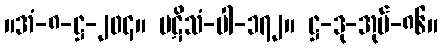
။အံ-၈-ဋ္ဌ-၂၀၄။ ပဋိသံ-ပါ-၁၇၂။ ဋ္ဌ-ဒု-အုပ်-၈၆။